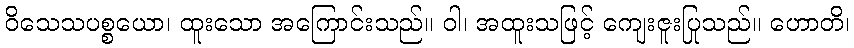
ဝိသေသပစ္စယော၊ ထူးသော အကြောင်းသည်။ ဝါ၊ အထူးသဖြင့် ကျေးဇူးပြုသည်။ ဟောတိ၊